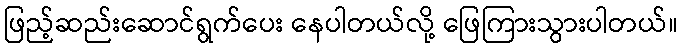
ဖြည့်ဆည်းဆောင်ရွက်ပေး နေပါတယ်လို့ ဖြေကြားသွားပါတယ်။